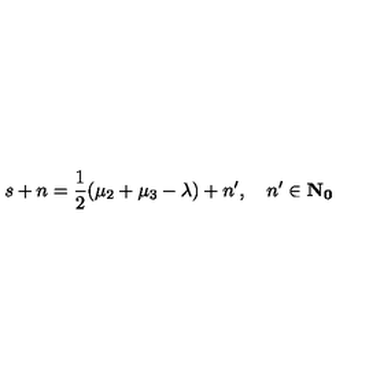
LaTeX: s + n = \frac { 1 } { 2 } ( \mu _ { 2 } + \mu _ { 3 } - \lambda ) + n ^ { \prime } , \quad n ^ { \prime } \in \bf { N } _ { 0 }